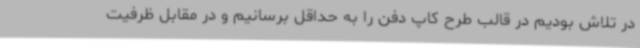
در تلاش بودیم در قالب طرح کاپ دفن را به حداقل برسانیم و در مقابل ظرفیت